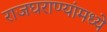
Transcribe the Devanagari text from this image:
राजघराण्यांमध्ये